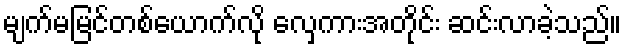
မျက်မမြင်တစ်ယောက်လို လှေကားအတိုင်း ဆင်းလာခဲ့သည်။